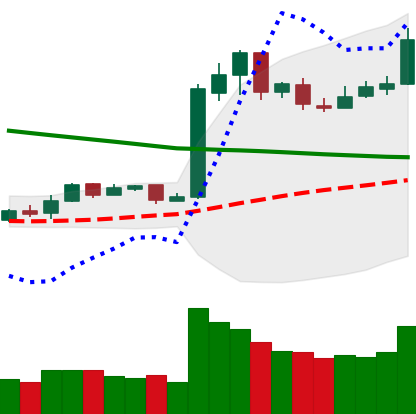
Ticker: LTC-USD
Chart end date: 2019-02-18
Forward return: 7.572%
Label: up_7plus